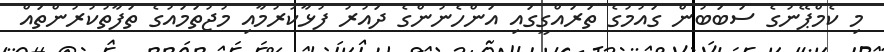
މި ކެމްޕޭނުގެ ސަބަބުން ގައުމުގެ ތަރައްގީގައި އަންހެނުންގެ ދައުރު ފުޅާކުރުމާއި މުޖުތަމައުގެ ތަފާތުކުރުންތައް